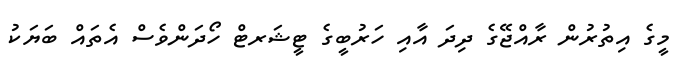
މީގެ އިތުރުން ރާއްޖޭގެ ދިދަ އާއި ހަރުބީގެ ޓީޝަރޓް ހޯދަންވެސް އެތައް ބަޔަކު